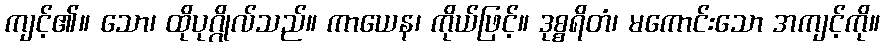
ကျင့်၏။ သော၊ ထိုပုဂ္ဂိုလ်သည်။ ကာယေန၊ ကိုယ်ဖြင့်။ ဒုစ္စရိတံ၊ မကောင်းသော အကျင့်ကို။